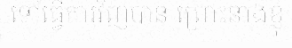
ទៅធ្វើការវិញបាន ព្រោះនាងខ្ញុំ